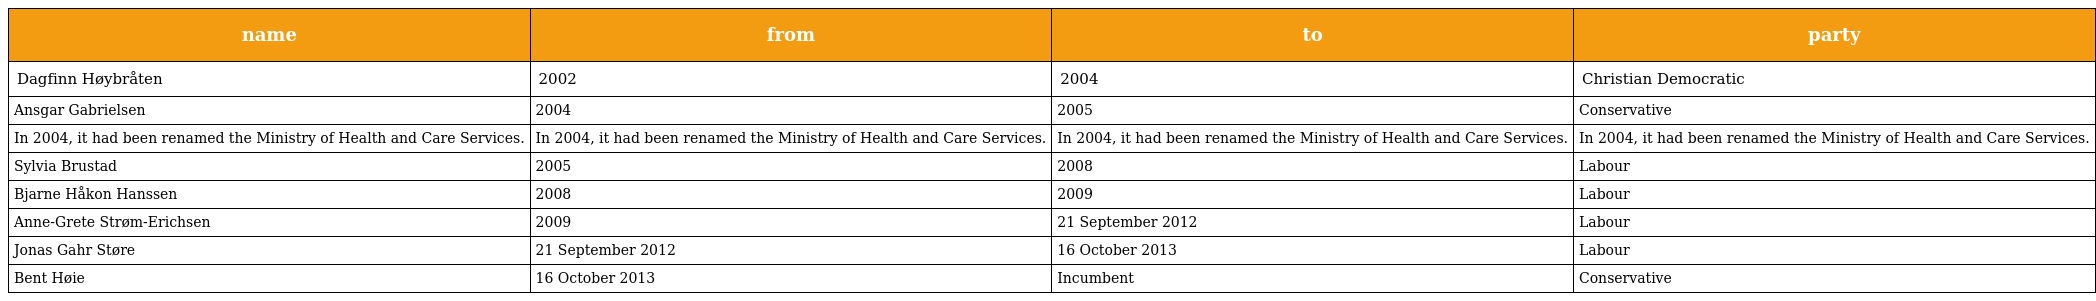
| name | from | to | party |
 | --- | --- | --- | --- |
 | Dagfinn Høybråten | 2002 | 2004 | Christian Democratic |
 | Ansgar Gabrielsen | 2004 | 2005 | Conservative |
 | In 2004, it had been renamed the Ministry of Health and Care Services. | In 2004, it had been renamed the Ministry of Health and Care Services. | In 2004, it had been renamed the Ministry of Health and Care Services. | In 2004, it had been renamed the Ministry of Health and Care Services. |
 | Sylvia Brustad | 2005 | 2008 | Labour |
 | Bjarne Håkon Hanssen | 2008 | 2009 | Labour |
 | Anne-Grete Strøm-Erichsen | 2009 | 21 September 2012 | Labour |
 | Jonas Gahr Støre | 21 September 2012 | 16 October 2013 | Labour |
 | Bent Høie | 16 October 2013 | Incumbent | Conservative |